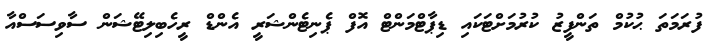
ފުރަމަތަ ޙުކުމް ތަންފީޒު ކުރުމަށްޓަކައި ޑިޕާޓްމަންޓް އޮފް ޕެނިޓެންޝަރީ އެންޑް ރީހެބިލިޓޭޝަން ސާވިސަސްއާ